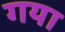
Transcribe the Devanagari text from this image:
गया